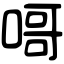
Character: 𠹭